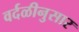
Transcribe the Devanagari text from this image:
वर्दळीनुसार